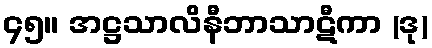
၄၅။ အဋ္ဌသာလိနီဘာသာဋီကာ (ဒု)